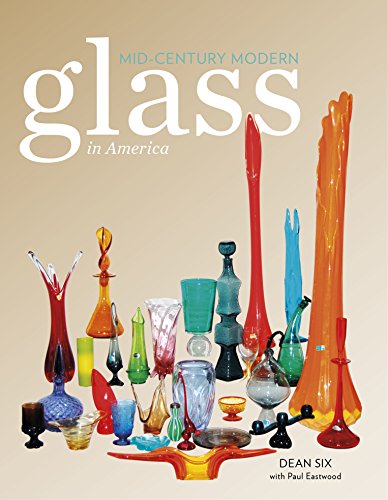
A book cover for Mid-Century Modern Glass in America; Dean Six; Crafts, Hobbies & Home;